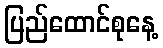
ပြည်ထောင်စုနေ့